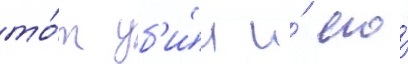
то́т уб'и́л и́ его́